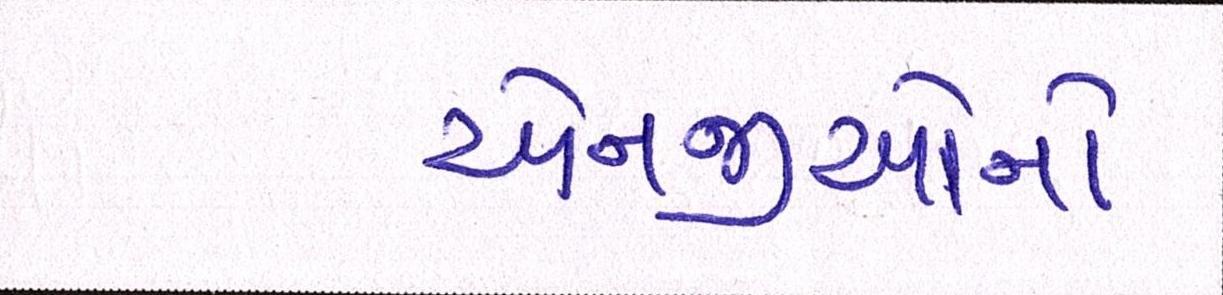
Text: એનજીઓનો